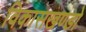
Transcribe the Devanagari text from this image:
विकासखण्डो